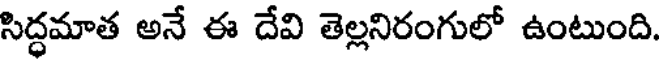
సిద్ధమాత అనే ఈ దేవి తెల్లనిరంగులో ఉంటుంది.